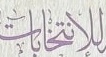
للانتخابات